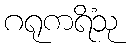
ဂရုကရိံသု